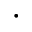
\cdot